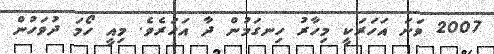
2007 ވަނަ އަހަރަކީ މިހާރު ހިނގަމުން ދާ އަހަރެވެ. މިއީ ހޯމަ ދުވަހުން